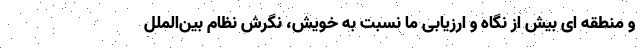
و منطقه ای بیش از نگاه و ارزیابی ما نسبت به خویش، نگرش نظام بین‌الملل